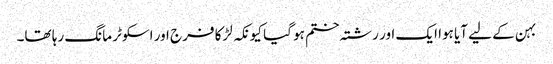
بہن کے لیے آیا ہوا ایک اور رشتہ ختم ہو گیا کیونکہ لڑکا فرج اور اسکوٹر مانگ رہا تھا۔